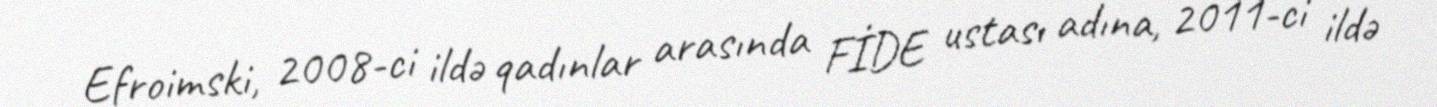
Efroimski, 2008-ci ildə qadınlar arasında FİDE ustası adına, 2011-ci ildə